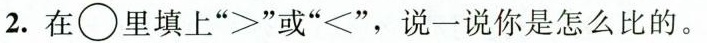
2.在○里填上”>”或”<”，说一说你是怎么比的。